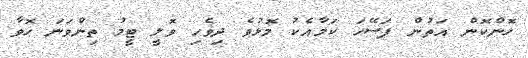
ހޮންކޮން އަތުން ފަސޭހަ ކަމާއެކު މޮޅުވެ ދިވެހި ވޮލީ ޓީމު ތިންވަނަ ހޮވާ